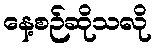
နေ့စဉ်ဆိုသလို